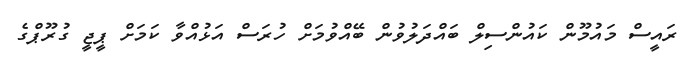
ރައީސް މައުމޫން ކައުންސިލް ބައްދަލުވުން ބޭއްވުމަށް ހުރަސް އަޅުއްވާ ކަމަށް ޕީޖީ ގުރޫޕްގެ